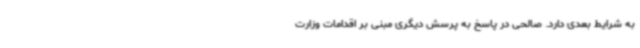
به شرایط بعدی دارد. صالحی در پاسخ به پرسش دیگری مبنی بر اقدامات وزارت